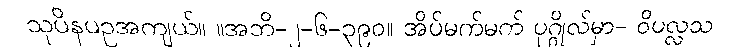
သုပိနပဥအကျယ်။ ။အဘိ-၂-၆-၃၉၀။ အိပ်မက်မက် ပုဂ္ဂိုလ်မှာ- ဝိပလ္လသ